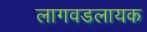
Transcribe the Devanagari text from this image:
लागवडलायक